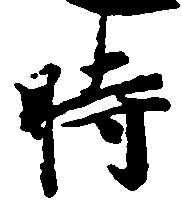
時